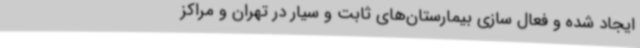
ایجاد شده و فعال سازی بیمارستان‌های ثابت و سیار در تهران و مراکز